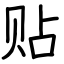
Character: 贴